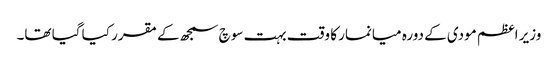
وزیر اعظم مودی کے دورہ میانمار کا وقت بہت سوچ سمجھ کے مقرر کیا گیا تھا۔